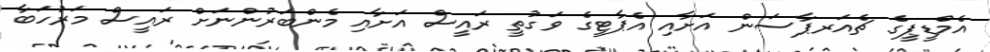
އެމްޑީޕީގެ ޗެއަރޕާސަން އަށާއި އެޕާޓީގެ ވަގުތީ ރައީސް އަށާއި މެންބަރުންނަށް ރައީސް މަރުހަބާ